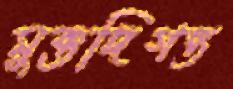
মুক্তদিগন্ত